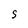
Character: s